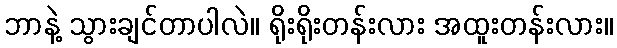
ဘာနဲ့ သွားချင်တာပါလဲ။ ရိုးရိုးတန်းလား အထူးတန်းလား။